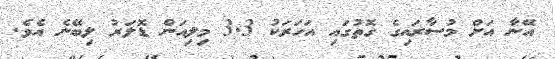
އޭނާ އަށް މުސާރައިގެ ގޮތުގައި އަހަރަކު 3.3 މިލިއަން ޑޮލަރު ލިބޭނެ އެވެ.